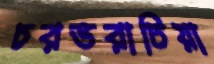
চরভরাটিয়া